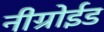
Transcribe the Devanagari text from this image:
नीग्रोईड